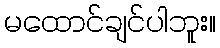
မထောင်ချင်ပါဘူး။